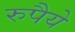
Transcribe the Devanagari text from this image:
रुपैये